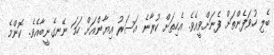
ބެލި ހުވަފެންތަށް ފެނަށްވީއެވެ. އެހިތަށް ކުރާނެ އަސަރު އިޔާންއަށް ހަމަ ނޭނގެނީބާއެވެ. ކޮންމެ